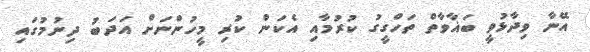
އޭނާ ވިދާޅުވީ ބަޣާވާތް ތަހްގީގު ކުރުމާއި އެކަން ކުރި މީހުންނަށް އަދަބު ދިނުމުގައި